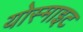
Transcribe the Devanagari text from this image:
योस्माइट